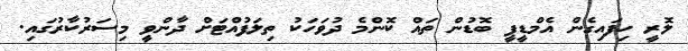
ލޮރީ ހިފައިގެން އެމްޑީޕީ ބޮޑުން ތައް ކޮންމެ ދުވަހަކު ތިލަފުއްޓަށް ދާންވީ މިސަރުކާރުގައި.